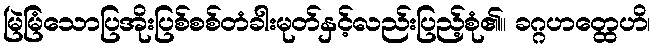
မြဲမြံသောပြအိုးပြစ်စစ်တံခါးမုတ်နှင့်လည်းပြည့်စုံ၏။ ခဂ္ဂဟတ္ထေဟိ၊